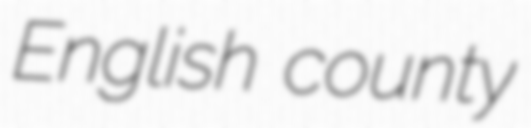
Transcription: English county